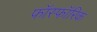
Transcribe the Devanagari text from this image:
फॉस्फॉरिक